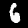
Digit: 6